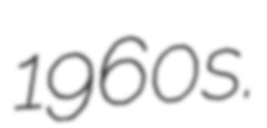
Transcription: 1960s.